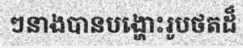
ៗនាងបានបង្ហោះរូបថតដ៏